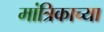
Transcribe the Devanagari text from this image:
मांत्रिकाच्या